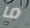
ما